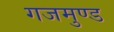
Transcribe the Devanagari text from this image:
गजमुण्ड